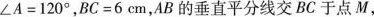
$$∠ A = 1 2 0 °$$ ，$$B C = 6 c m$$，AB的垂直平分线交BC于点M，